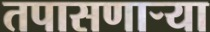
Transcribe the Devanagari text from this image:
तपासणार्‍या